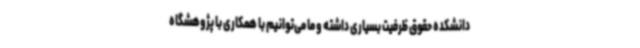
دانشکده حقوق ظرفیت بسیاری داشته و ما می‌توانیم با همکاری با پژوهشگاه